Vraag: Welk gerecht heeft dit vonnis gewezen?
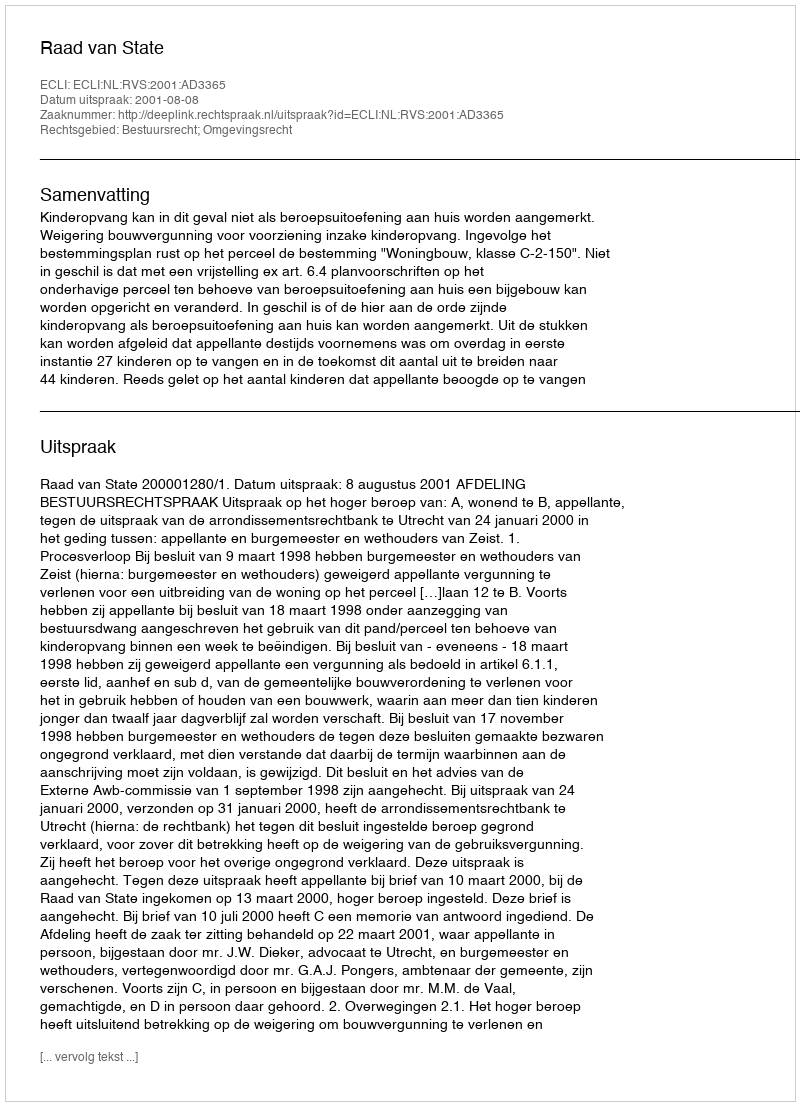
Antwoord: Raad van State